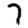
Digit: 7